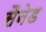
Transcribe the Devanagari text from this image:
सैनेड